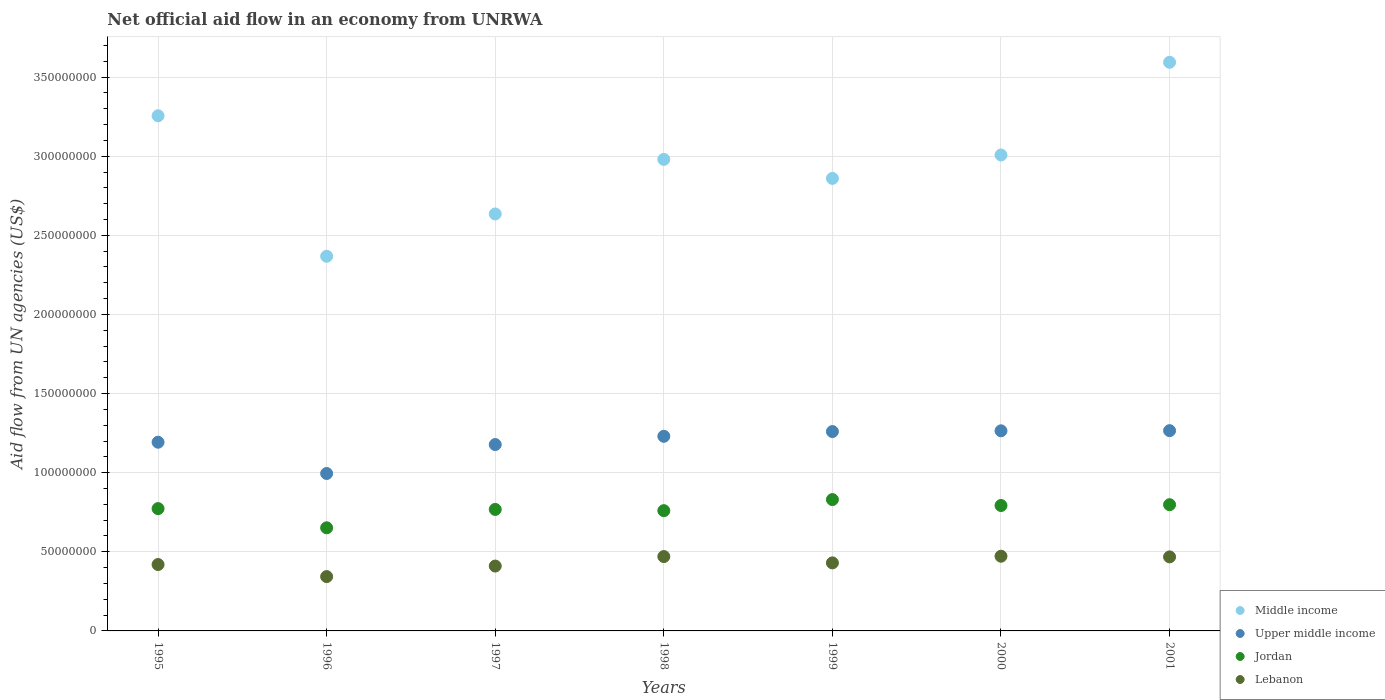
| Years | Middle income | Upper middle income | Jordan | Lebanon |
 | --- | --- | --- | --- | --- |
 | 1995 | 3.26e+08 | 1.19e+08 | 7.73e+07 | 4.2e+07 |
 | 1996 | 2.37e+08 | 9.95e+07 | 6.52e+07 | 3.43e+07 |
 | 1997 | 2.64e+08 | 1.18e+08 | 7.68e+07 | 4.1e+07 |
 | 1998 | 2.98e+08 | 1.23e+08 | 7.6e+07 | 4.7e+07 |
 | 1999 | 2.86e+08 | 1.26e+08 | 8.3e+07 | 4.3e+07 |
 | 2000 | 3.01e+08 | 1.26e+08 | 7.93e+07 | 4.72e+07 |
 | 2001 | 3.59e+08 | 1.27e+08 | 7.98e+07 | 4.68e+07 |